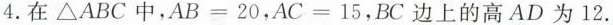
4.在△ABC中，$$A B = 2 0$$，$$A C = 1 5$$，BC边上的高AD为12.